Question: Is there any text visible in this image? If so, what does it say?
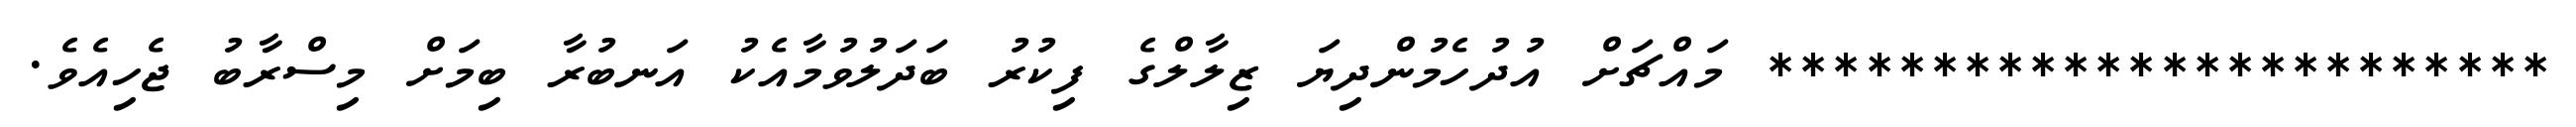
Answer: ************************ މައްޗަށް އުދުހެމުންދިޔަ ޒިލާލްގެ ފިކުރު ބަދަލުވުމާއެކު އަނބުރާ ބިމަށް މިސްރާބު ޖެހިއެވެ.